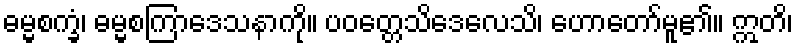
ဓမ္မစက္ခံ၊ ဓမ္မစကြာဒေသနာကို။ ပဝတ္တေသိဒေလေသိ၊ ဟောတော်မူ၏။ ဣတိ၊